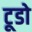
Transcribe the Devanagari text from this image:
टूडो